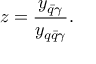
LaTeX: z = \frac { y _ { \bar { q } \gamma } } { y _ { q \bar { q } \gamma } } .